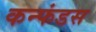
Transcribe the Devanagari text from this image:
कन्फंडस